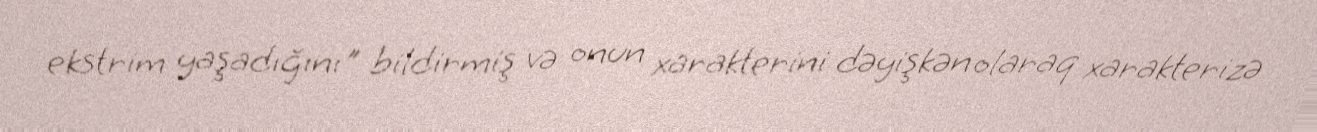
ekstrim yaşadığını" bildirmiş və onun xarakterini dəyişkən olaraq xarakterizə